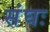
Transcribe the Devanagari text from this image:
संघः